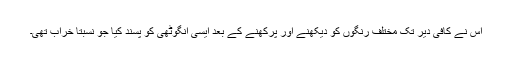
اس نے کافی دیر تک مختلف رِنگوں کو دیکھنے اور پرکھنے کے بعد ایسی انگوٹھی کو پسند کیا جو نسبتاً خراب تھی۔